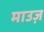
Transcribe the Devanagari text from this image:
माउज़